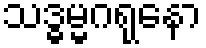
သဒ္ဓမ္မဂရုနော